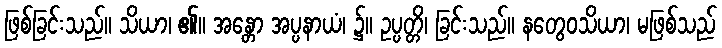
ဖြစ်ခြင်းသည်။ သိယာ၊ ၏။ အန္တော အပ္ပနာယံ၊ ၌။ ဥပ္ပတ္တိ၊ ခြင်းသည်။ နတွေဝသိယာ၊ မဖြစ်သည်